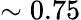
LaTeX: \sim 0.75